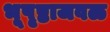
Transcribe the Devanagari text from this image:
भूपृष्ठाजवळ